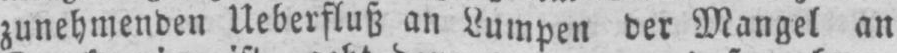
zunehmenden Ueberfluß an Lumpen der Mangel an